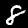
Digit: 8